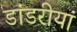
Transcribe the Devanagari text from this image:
डांडरीयां